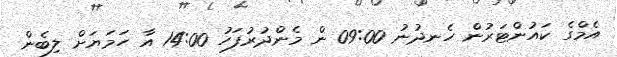
އެމްގެ ކައުންޓަރުން ހެނދުނު 09:00 ން މެންދުރުފަހު 14:00 އާ ހަމަޔަށް ލިބެން